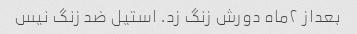
بعداز ۲ماه دورش زنگ زد. استیل ضد زنگ نیس